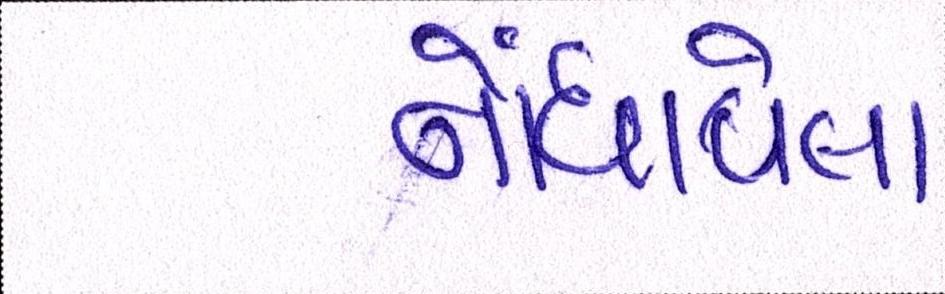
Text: નોંધાવેલા